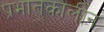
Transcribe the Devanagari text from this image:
प्रभातकालीन